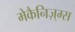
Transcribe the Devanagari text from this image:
मेकैनिज़्म्स